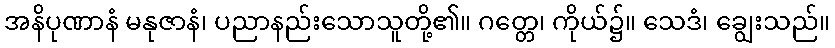
အနိပုဏာနံ မနုဇာနံ၊ ပညာနည်းသောသူတို့၏။ ဂတ္တေ၊ ကိုယ်၌။ သေဒံ၊ ချွေးသည်။